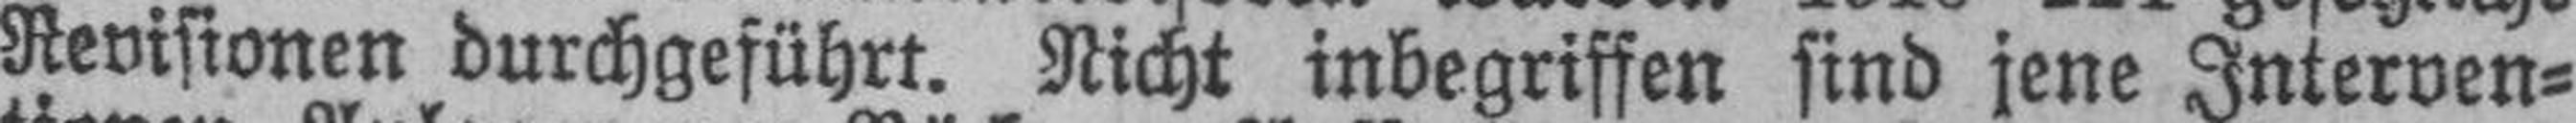
Revisionen durchgeführt. Nicht inbegriffen sind jene Interven¬